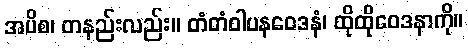
အပိစ၊ တနည်းလည်း။ တံတံဝါပနဝေဒနံ၊ ထိုထိုဝေဒနာကို။